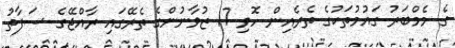
ގެ މެމްބަރު ގައުމުތަކުގެ ތެރެއިން ހޮވި 17 ޒުވާނުންގެ ތެރޭގައި ރާއްޖޭގެ ސަފާތު